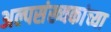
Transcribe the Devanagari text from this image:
अल्पसंख्यकांच्या